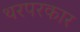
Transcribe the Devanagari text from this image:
थरपरकार